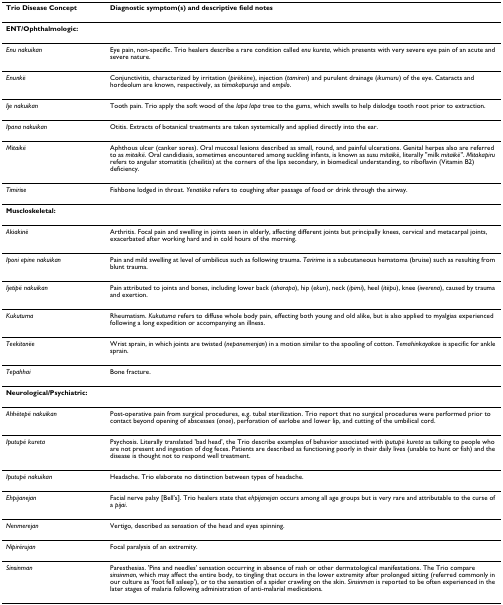
<table><thead><tr><td><b>Trio Disease Concept</b></td><td><b>Diagnostic symptom(s) and descriptive field notes</b></td></tr></thead><tbody><tr><td><b>ENT/Ophthalmologic:</b></td><td></td></tr><tr><td><i>Enu nakuikan</i></td><td>Eye pain, non-specific. Trio healers describe a rare condition called <i>enu kureta</i>, which presents with very severe eye pain of an acute and severe nature.</td></tr><tr><td><i>Enunkë</i></td><td>Conjunctivitis, characterized by irritation (<i>pirëkëne</i>), injection (<i>tamiren</i>) and purulent drainage (<i>ikumuru</i>) of the eye. Cataracts and hordeolum are known, respectively, as <i>tëmakapuruja </i>and <i>empilo</i>.</td></tr><tr><td><i>Ije nakuikan</i></td><td>Tooth pain. Trio apply the soft wood of the <i>lapa lapa </i>tree to the gums, which swells to help dislodge tooth root prior to extraction.</td></tr><tr><td><i>Ipana nakuikan</i></td><td>Otitis. Extracts of botanical treatments are taken systemically and applied directly into the ear.</td></tr><tr><td><i>Mitaikë</i></td><td>Aphthous ulcer (canker sores). Oral mucosal lesions described as small, round, and painful ulcerations. Genital herpes also are referred to as <i>mitaikë</i>. Oral candidiasis, sometimes encountered among suckling infants, is known as <i>susu mitaikë</i>, literally &quot;milk <i>mitaikë</i>&quot;. <i>Mitakapiru </i>refers to angular stomatitis (cheilitis) at the corners of the lips secondary, in biomedical understanding, to riboflavin (Vitamin B2) deficiency.</td></tr><tr><td><i>Timirise</i></td><td>Fishbone lodged in throat. <i>Yenatëka </i>refers to coughing after passage of food or drink through the airway.</td></tr><tr><td><b>Muscloskeletal:</b></td><td></td></tr><tr><td><i>Akiakinë</i></td><td>Arthritis. Focal pain and swelling in joints seen in elderly, affecting different joints but principally knees, cervical and metacarpal joints, exacerbated after working hard and in cold hours of the morning.</td></tr><tr><td><i>Iponi epine nakuikan</i></td><td>Pain and mild swelling at level of umbilicus such as following trauma. <i>Taririme </i>is a subcutaneous hematoma (bruise) such as resulting from blunt trauma.</td></tr><tr><td><i>Ijetipë nakuikan</i></td><td>Pain attributed to joints and bones, including lower back (<i>aharapa</i>), hip (<i>ekun</i>), neck (<i>ipimi</i>), heel (<i>itëpu</i>), knee (<i>iwerena</i>), caused by trauma and exertion.</td></tr><tr><td><i>Kukutuma</i></td><td>Rheumatism. <i>Kukutuma </i>refers to diffuse whole body pain, effecting both young and old alike, but is also applied to myalgias experienced following a long expedition or accompanying an illness.</td></tr><tr><td><i>Teekitonëe</i></td><td>Wrist sprain, in which joints are twisted (<i>nepanemenjan</i>) in a motion similar to the spooling of cotton. <i>Temahinkayakae </i>is specific for ankle sprain.</td></tr><tr><td><i>Tepahhai</i></td><td>Bone fracture.</td></tr><tr><td><b>Neurological/Psychiatric:</b></td><td></td></tr><tr><td><i>Ahhëtepë nakuikan</i></td><td>Post-operative pain from surgical procedures, e.g. tubal sterilization. Trio report that no surgical procedures were performed prior to contact beyond opening of abscesses (<i>onoe</i>), perforation of earlobe and lower lip, and cutting of the umbilical cord.</td></tr><tr><td><i>Iputupë kureta</i></td><td>Psychosis. Literally translated &#x27;bad head&#x27;, the Trio describe examples of behavior associated with <i>iputupë kureta </i>as talking to people who are not present and ingestion of dog feces. Patients are described as functioning poorly in their daily lives (unable to hunt or fish) and the disease is thought not to respond well treatment.</td></tr><tr><td><i>Iputupë nakuikan</i></td><td>Headache. Trio elaborate no distinction between types of headache.</td></tr><tr><td><i>Ehpijanejan</i></td><td>Facial nerve palsy [Bell&#x27;s]. Trio healers state that <i>ehpijanejan </i>occurs among all age groups but is very rare and attributable to the curse of a <i>pijai</i>.</td></tr><tr><td><i>Nenmerejan</i></td><td>Vertigo, described as sensation of the head and eyes spinning.</td></tr><tr><td><i>Nipirërujan</i></td><td>Focal paralysis of an extremity.</td></tr><tr><td><i>Sinsinman</i></td><td>Paresthesias. &#x27;Pins and needles&#x27; sensation occurring in absence of rash or other dermatological manifestations. The Trio compare <i>sinsinman</i>, which may affect the entire body, to tingling that occurs in the lower extremity after prolonged sitting (referred commonly in our culture as &#x27;foot fell asleep&#x27;), or to the sensation of a spider crawling on the skin. <i>Sinsinman </i>is reported to be often experienced in the later stages of malaria following administration of anti-malarial medications.</td></tr></tbody></table>